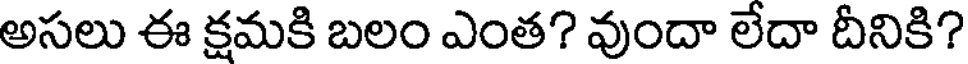
అసలు ఈ క్షమకి బలం ఎంత? వుందా లేదా దీనికి?